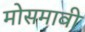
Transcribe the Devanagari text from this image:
मोसमावी